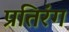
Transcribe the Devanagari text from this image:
प्रतिरंग